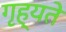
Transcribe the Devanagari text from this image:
गृह्यते